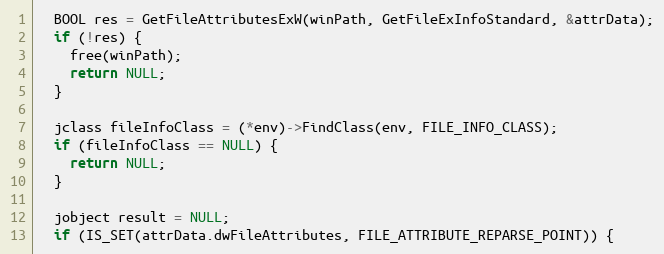
Language: C
  BOOL res = GetFileAttributesExW(winPath, GetFileExInfoStandard, &attrData);
  if (!res) {
    free(winPath);
    return NULL;
  }

  jclass fileInfoClass = (*env)->FindClass(env, FILE_INFO_CLASS);
  if (fileInfoClass == NULL) {
    return NULL;
  }

  jobject result = NULL;
  if (IS_SET(attrData.dwFileAttributes, FILE_ATTRIBUTE_REPARSE_POINT)) {